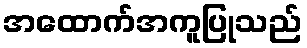
အထောက်အကူပြုသည်